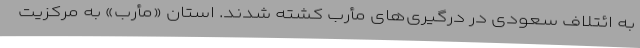
به ائتلاف سعودی در درگیری‌های مأرب کشته شدند. استان «مأرب» به مرکزیت